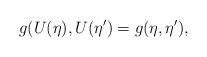
LaTeX: \begin{align*}g(U(\eta),U(\eta') = g(\eta,\eta') ,\end{align*}